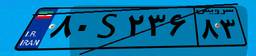
۰۳S۷۶۰۳۹